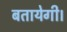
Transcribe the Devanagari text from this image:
बतायेगी।